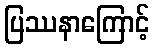
ပြဿနာကြောင့်